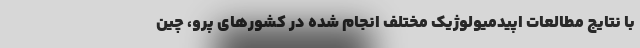
با نتایج مطالعات اپیدمیولوژیک مختلف انجام شده در کشورهای پرو، چین